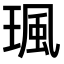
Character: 𤧑